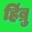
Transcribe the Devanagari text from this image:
हिंब्रु